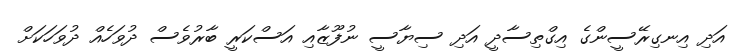
އަދި އިނގިރޭސީންގެ އިގްތިސާދީ އަދި ސިޔާސީ ނުފޫޒާއި އަސްކަރީ ބާރުވެސް ދުވަހެއް ދުވަހަކަށް